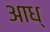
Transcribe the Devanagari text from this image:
आध्